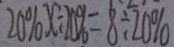
2 0 \% x \div 2 0 \% = 8 \div 2 0 \%